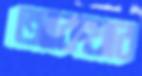
আকথার